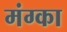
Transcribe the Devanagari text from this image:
मंग्का